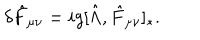
\delta \hat { F } _ { \mu \nu } = i g [ \hat { \Lambda } , \hat { F } _ { \mu \nu } ] _ { * } .